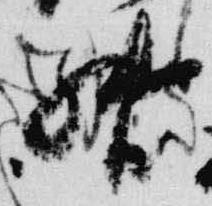
督